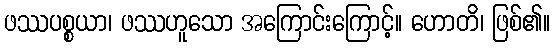
ဖဿပစ္စယာ၊ ဖဿဟူသော အကြောင်းကြောင့်။ ဟောတိ၊ ဖြစ်၏။